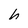
Character: h